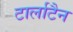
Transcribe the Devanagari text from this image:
टार्लाटैन